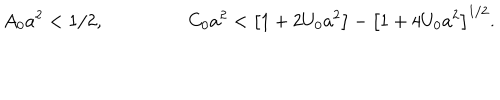
LaTeX: A _ { 0 } a ^ { 2 } < 1 / 2 , C _ { 0 } a ^ { 2 } < \left[ 1 + 2 U _ { 0 } a ^ { 2 } \right] - \left[ 1 + 4 U _ { 0 } a ^ { 2 } \right] ^ { 1 / 2 } .